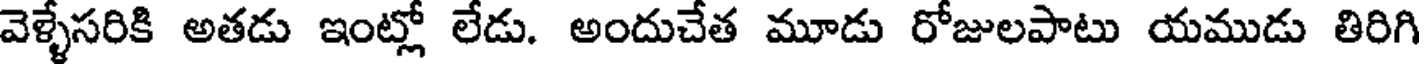
వెళ్ళేసరికి అతడు ఇంట్లో లేడు. అందుచేత మూడు రోజులపాటు యముడు తిరిగి